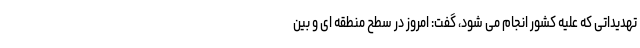
تهدیداتی که علیه کشور انجام می شود، گفت: امروز در سطح منطقه ای و بین